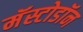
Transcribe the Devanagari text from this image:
मॅस्टोडॉन